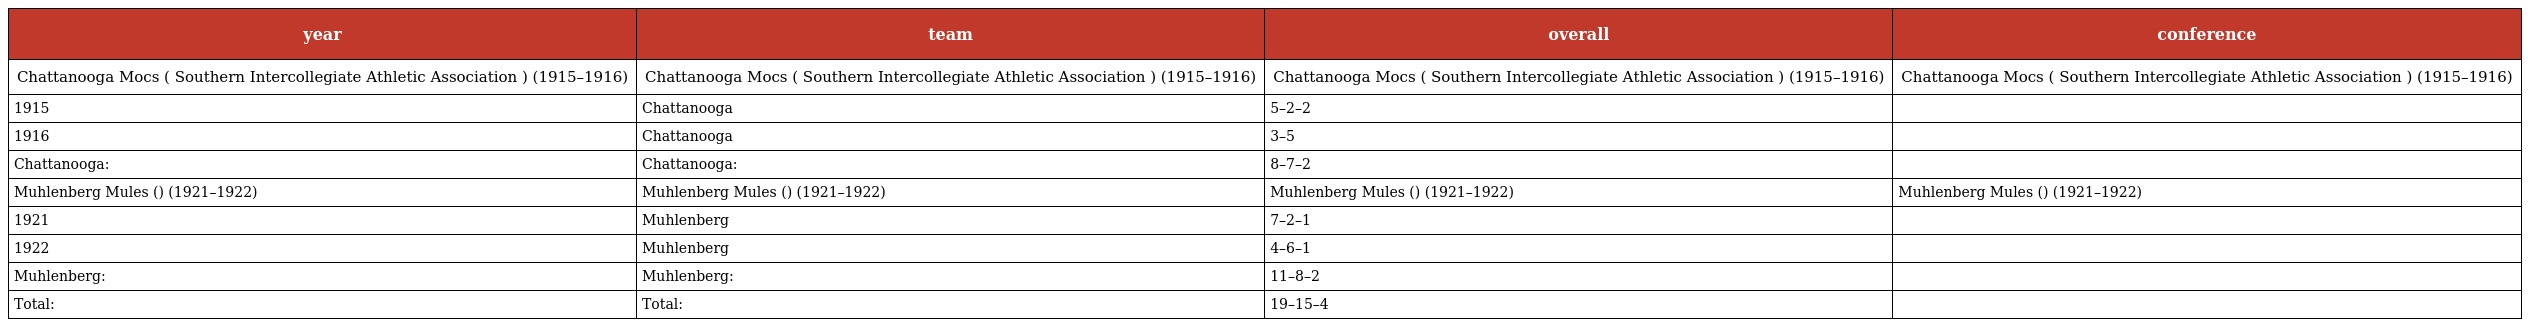
| year | team | overall | conference |
 | --- | --- | --- | --- |
 | Chattanooga Mocs ( Southern Intercollegiate Athletic Association ) (1915–1916) | Chattanooga Mocs ( Southern Intercollegiate Athletic Association ) (1915–1916) | Chattanooga Mocs ( Southern Intercollegiate Athletic Association ) (1915–1916) | Chattanooga Mocs ( Southern Intercollegiate Athletic Association ) (1915–1916) |
 | 1915 | Chattanooga | 5–2–2 |  |
 | 1916 | Chattanooga | 3–5 |  |
 | Chattanooga: | Chattanooga: | 8–7–2 |  |
 | Muhlenberg Mules () (1921–1922) | Muhlenberg Mules () (1921–1922) | Muhlenberg Mules () (1921–1922) | Muhlenberg Mules () (1921–1922) |
 | 1921 | Muhlenberg | 7–2–1 |  |
 | 1922 | Muhlenberg | 4–6–1 |  |
 | Muhlenberg: | Muhlenberg: | 11–8–2 |  |
 | Total: | Total: | 19–15–4 |  |